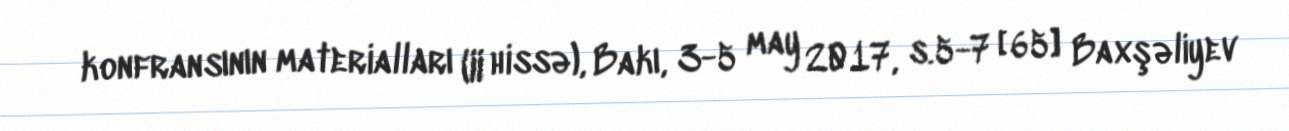
konfransının materialları (II hissə), Bakı, 3-5 may 2017, s.5-7 [65] Baxşəliyev